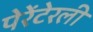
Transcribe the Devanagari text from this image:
पेरेंटेरली